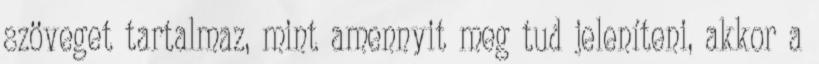
szöveget tartalmaz, mint amennyit meg tud jeleníteni, akkor a